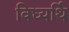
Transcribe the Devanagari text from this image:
विध्यर्थि